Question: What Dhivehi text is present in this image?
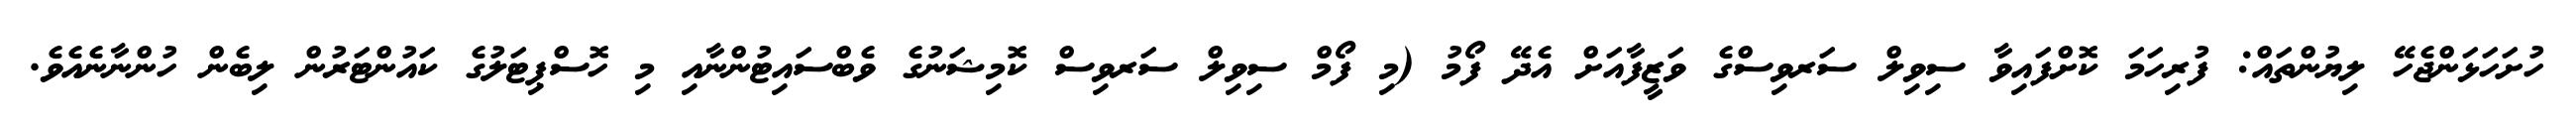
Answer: ހުށަހަޅަންޖެހޭ ލިޔުންތައް: ފުރިހަމަ ކޮށްފައިވާ ސިވިލް ސަރވިސްގެ ވަޒީފާއަށް އެދޭ ފޯމު (މި ފޯމް ސިވިލް ސަރވިސް ކޮމިޝަނުގެ ވެބްސައިޓުންނާއި މި ހޮސްޕިޓަލުގެ ކައުންޓަރުން ލިބެން ހުންނާނެއެވެ.